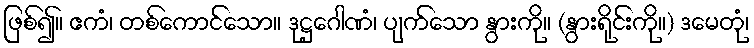
ဖြစ်၍။ ဧကံ၊ တစ်ကောင်သော။ ဒုဋ္ဌဂေါဏံ၊ ပျက်သော နွားကို။ (နွားရိုင်းကို။) ဒမေတုံ၊